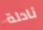
نادلة